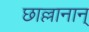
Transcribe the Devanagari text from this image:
छाल्लानान्